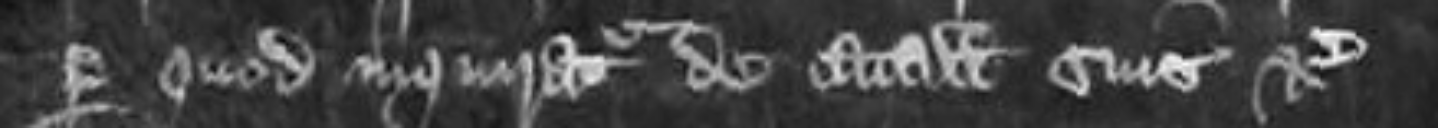
per quod inquiratur de catallis suis etc